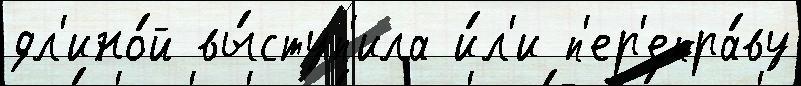
дл'ино́й вы́ступ'ила и́л'и п'ер'епра́ву